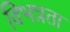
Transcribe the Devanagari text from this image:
विभन्नता